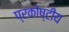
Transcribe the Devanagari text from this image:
प्रकोष्टीय